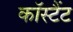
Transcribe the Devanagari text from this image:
कॉस्टैंट